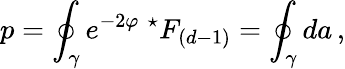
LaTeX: p=\oint_{\gamma}e^{-2\varphi}\ {}^{\star}F_{(d-1)}=\oint_{\gamma}da\, ,